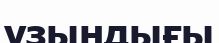
узындығы